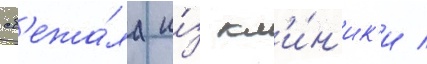
сб'ежа́ла и́з кл'и́н'ик'и /